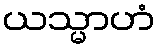
ယသ္မာဟံ